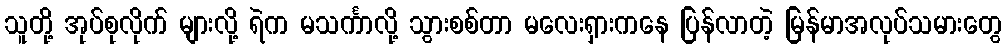
သူတို့ အုပ်စုလိုက် များလို့ ရဲက မသင်္ကာလို့ သွားစစ်တာ မလေးရှားကနေ ပြန်လာတဲ့ မြန်မာအလုပ်သမားတွေ